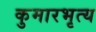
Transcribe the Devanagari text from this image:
कुमारभृत्य